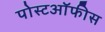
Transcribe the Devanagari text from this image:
पोस्टऑफीस